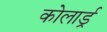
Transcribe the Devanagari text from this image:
कोलार्ड्र